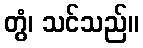
တွံ၊ သင်သည်။